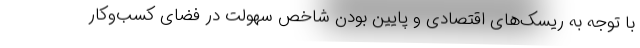
با توجه به ریسک‌های اقتصادی و پایین بودن شاخص سهولت در فضای کسب‌وکار